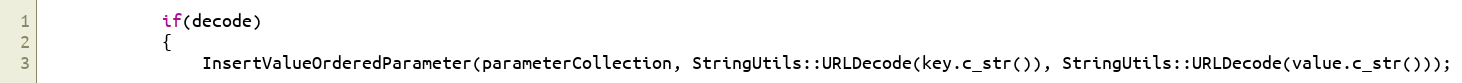
Language: C++
            if(decode)
            {
                InsertValueOrderedParameter(parameterCollection, StringUtils::URLDecode(key.c_str()), StringUtils::URLDecode(value.c_str()));